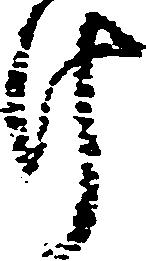
け